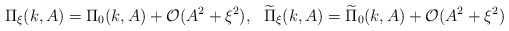
\begin{align*}\Pi_\xi(k,A)=\Pi_0(k,A)+\mathcal{O}(A^2+\xi^2),~~\widetilde\Pi_\xi(k,A)=\widetilde\Pi_0(k,A)+\mathcal{O}(A^2+\xi^2)\end{align*}